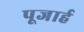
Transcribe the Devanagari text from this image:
पूजार्ह